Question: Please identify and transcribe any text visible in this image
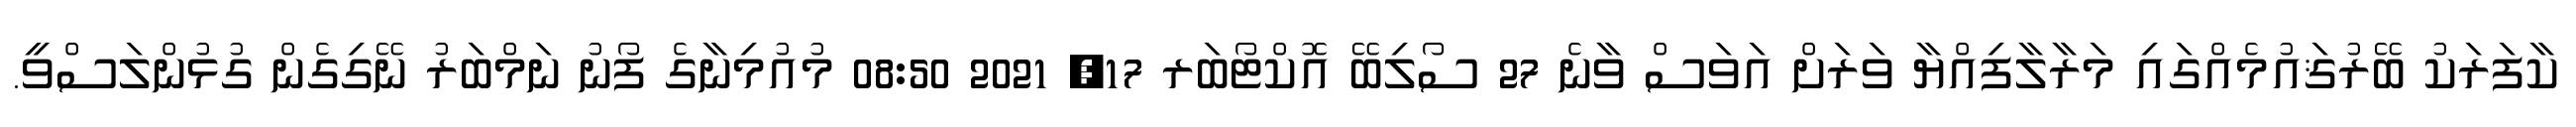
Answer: ކާފަރަކު ބޭރުޤައުމެއްގައި މަރާލާފިއްޔާ ވަރަށް އަވަސް ވާނެ 27 ސޯލިބޭ އޮކްޓޯބަރ 17, 2021 08:50 މުއުމިނާގެ ފޯނު ނަމްބަރު ނޭގިގެން ގުޅުންލަސްވީ.